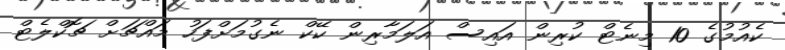
ކެއުމުގެ 10 މިނެޓް ކުރިން އައިސް އަލަމާރިން ކޭކް ނެގުމަށްފަހު މައްޗަށް ޗޮކްލެޓް